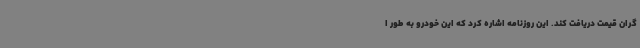
گران قیمت دریافت کند. این روزنامه اشاره کرد که این خودرو به طور ا